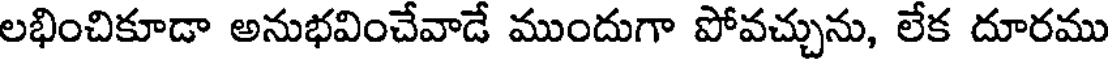
లభించికూడా అనుభవించేవాడే ముందుగా పోవచ్చును, లేక దూరము